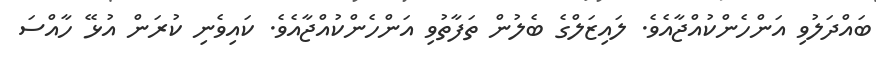
ބައްދަލުވި އަންހެންކުއްޖާއެވެ. ލައިޒަލްގެ ބެލުން ތަފާތުވި އަންހެންކުއްޖާއެވެ. ކައިވެނި ކުރަން އުޅޭ ހާއްސަ